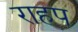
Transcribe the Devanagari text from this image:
राहप